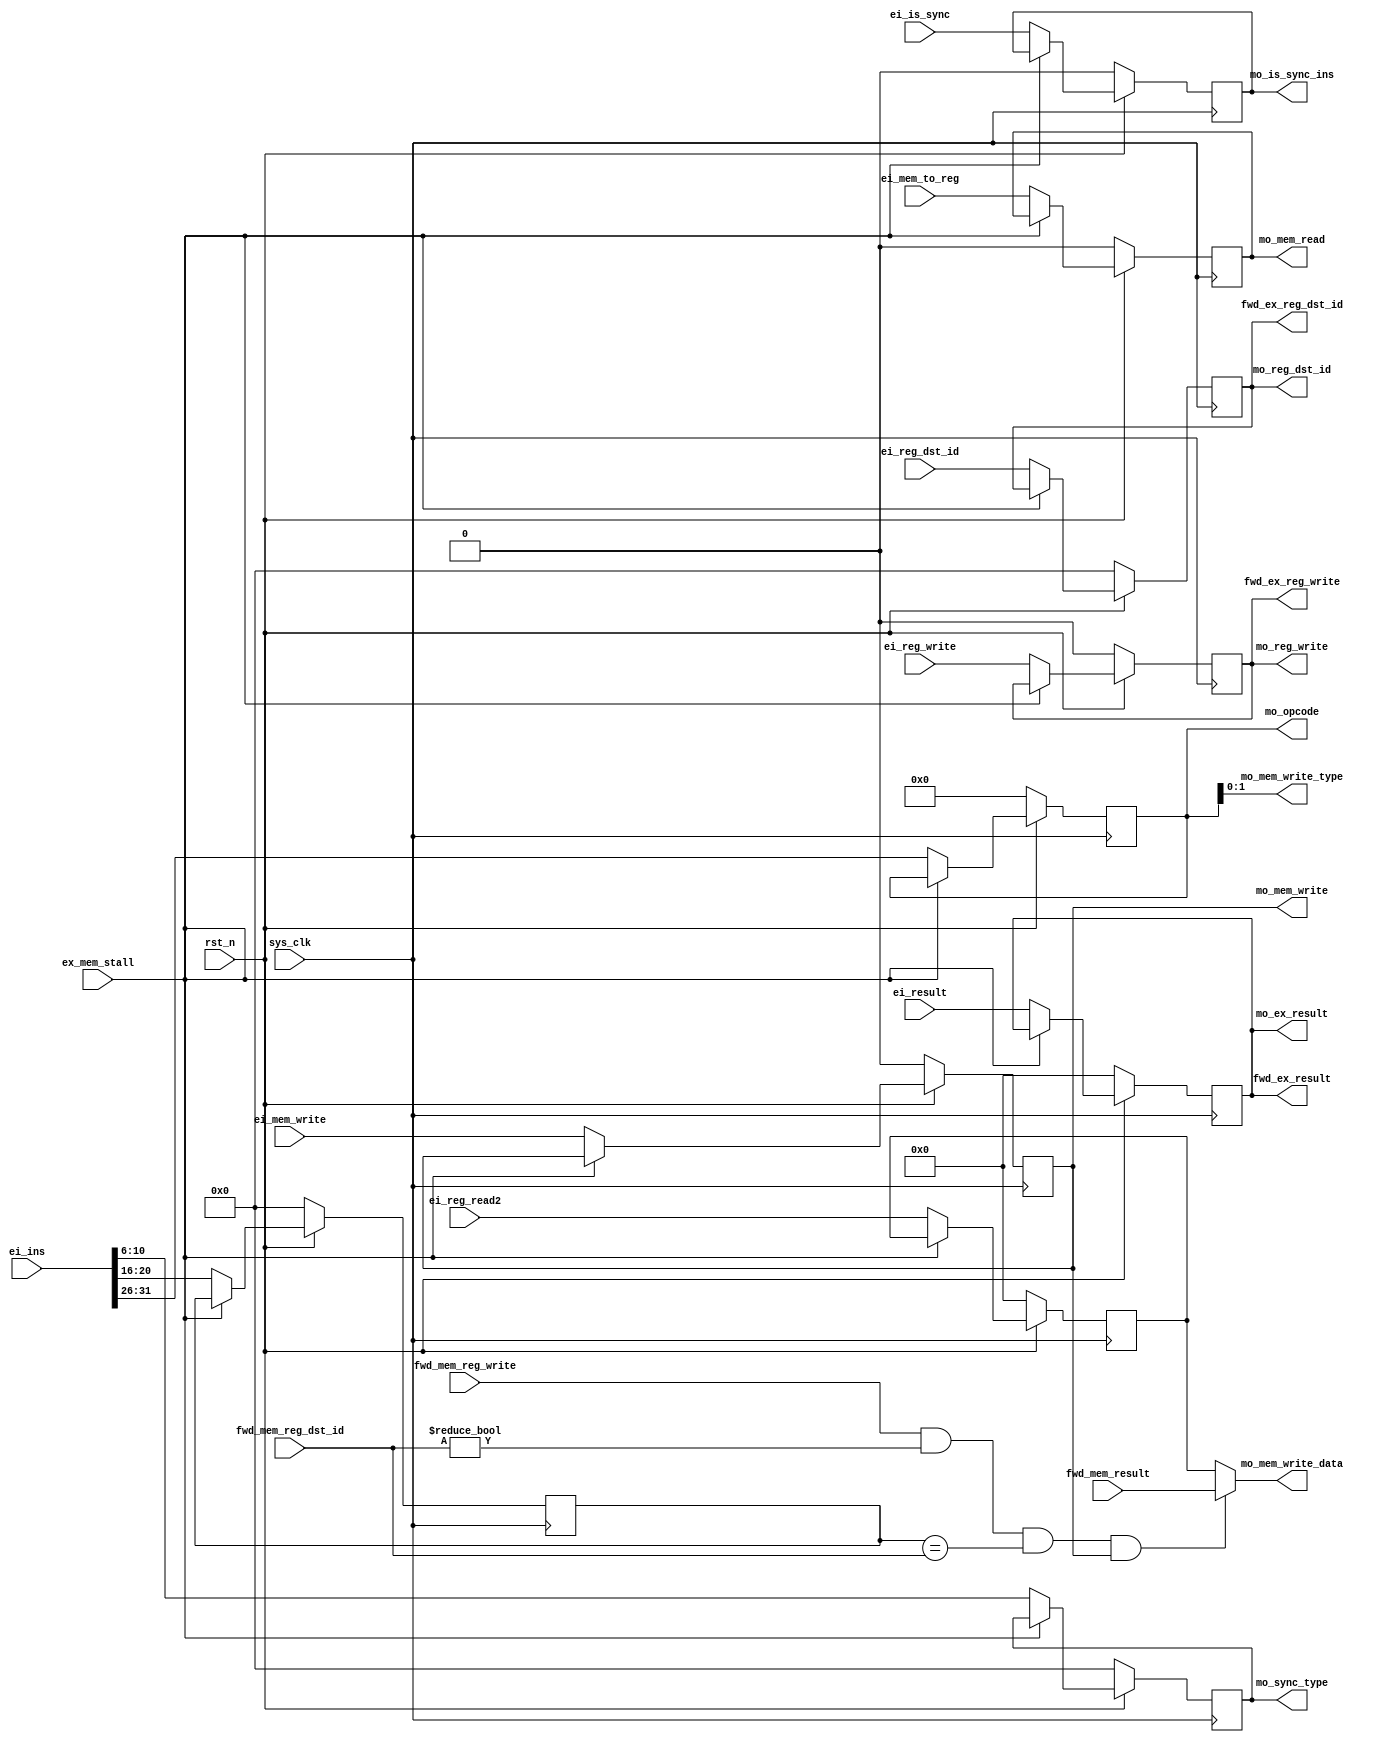
module ex_mem(
    input sys_clk, 
    input rst_n,
    input ex_mem_stall,

    // from ex
    input [31:0]    ei_result,

    // from id_ex
    input [31:0]    ei_ins,
    input           ei_is_sync      ,
    input [31:0]    ei_reg_read2    ,
    input           ei_mem_to_reg   ,   // load 
    input           ei_mem_write    ,   // store
    input           ei_reg_write    ,
    input [4:0]     ei_reg_dst_id   ,
    
    // output, to mem
    output          mo_mem_read      ,  // mem_to_reg
    output          mo_mem_write     ,
    output [31:0]   mo_ex_result     ,  // addr, or route to data
    output [31:0]   mo_mem_write_data,
    output [1:0]    mo_mem_write_type,
    output          mo_is_sync_ins   ,
    output [4:0]    mo_sync_type     ,

    // output, to mem/wb
    output [5:0]    mo_opcode       ,
    output          mo_reg_write    ,
    output [4:0]    mo_reg_dst_id   ,

    // forwarding, to id/ex
    output          fwd_ex_reg_write,
    output [4:0]    fwd_ex_reg_dst_id,
    output [31:0]   fwd_ex_result,

    // forwarding from mem/wb
    input           fwd_mem_reg_write,
    input [4:0]     fwd_mem_reg_dst_id,
    input [31:0]    fwd_mem_result
);

    wire [5:0]  ins_opcode      = ei_ins[31:26];
    wire [4:0]  ins_sync_type   = ei_ins[10:6];
    wire [4:0]  ins_rt_id       = ei_ins[20:16];

    reg [5:0]   reg_opcode      ;
    reg [4:0]   reg_rt_id       ;
    reg [31:0]  reg_result      ;
    reg [31:0]  reg_reg_read2   ;
    reg         reg_mem_to_reg  ;
    reg         reg_mem_write   ;
    reg         reg_reg_write   ;
    reg [4:0]   reg_reg_dst_id  ;
    reg         reg_is_sync     ;
    reg [4:0]   reg_sync_type   ;

    always @(posedge sys_clk) begin
        if (!rst_n) begin
            reg_opcode     <= 0;
            reg_rt_id       <= 0;
            reg_result     <= 0;
            reg_reg_read2  <= 0;
            reg_mem_to_reg <= 0;
            reg_mem_write  <= 0;
            reg_reg_write  <= 0;
            reg_reg_dst_id <= 0;
            reg_is_sync    <= 0;
            reg_sync_type  <= 0;
        end else begin
            if (ex_mem_stall) begin
                reg_opcode     <= reg_opcode     ;
                reg_rt_id      <= reg_rt_id      ;
                reg_result     <= reg_result     ;
                reg_reg_read2  <= reg_reg_read2  ;
                reg_mem_to_reg <= reg_mem_to_reg ;
                reg_mem_write  <= reg_mem_write  ;
                reg_reg_write  <= reg_reg_write  ;
                reg_reg_dst_id <= reg_reg_dst_id ;
                reg_is_sync    <= reg_is_sync   ;
                reg_sync_type  <= reg_sync_type;
            end else begin
                reg_opcode     <= ins_opcode    ;
                reg_rt_id      <= ins_rt_id     ;
                reg_result     <= ei_result     ;
                reg_reg_read2  <= ei_reg_read2  ;
                reg_mem_to_reg <= ei_mem_to_reg ;
                reg_mem_write  <= ei_mem_write  ;
                reg_reg_write  <= ei_reg_write  ;
                reg_reg_dst_id <= ei_reg_dst_id ;
                reg_is_sync    <= ei_is_sync    ;
                reg_sync_type  <= ins_sync_type ;
            end
        end
    end

    // to mem
    assign mo_mem_read      = reg_mem_to_reg;
    assign mo_mem_write     = reg_mem_write;
    assign mo_ex_result     = reg_result;
    assign mo_mem_write_data = foward_mem ? fwd_mem_result : reg_reg_read2;
    assign mo_mem_write_type = reg_opcode[1:0];

    assign mo_is_sync_ins   = reg_is_sync;
    assign mo_sync_type     = reg_sync_type;

    // to mem/wb
    assign mo_opcode        = reg_opcode;
    assign mo_reg_write     = reg_reg_write;
    assign mo_reg_dst_id    = reg_reg_dst_id;

    // forwarding, to id/ex
    assign fwd_ex_reg_write = reg_reg_write;
    assign fwd_ex_reg_dst_id = reg_reg_dst_id;
    assign fwd_ex_result    = reg_result;

    // forwarding, mem-ex, in sw after lw case, last command result is stored in current 
    assign foward_mem = fwd_mem_reg_write
                        && fwd_mem_reg_dst_id != 5'b0
                        && reg_rt_id == fwd_mem_reg_dst_id
                        && reg_mem_write;

endmodule